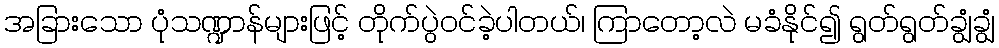
အခြားသော ပုံသဏ္ဍာန်များဖြင့် တိုက်ပွဲဝင်ခဲ့ပါတယ်၊ ကြာတော့လဲ မခံနိုင်၍ ရွတ်ရွတ်ချွံချွံ